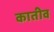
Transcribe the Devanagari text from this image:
कातीव